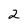
Character: 2